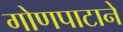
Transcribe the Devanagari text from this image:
गोणपाटाने